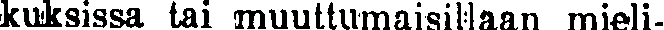
kuksissa tai muuttumaisillaan mieli-